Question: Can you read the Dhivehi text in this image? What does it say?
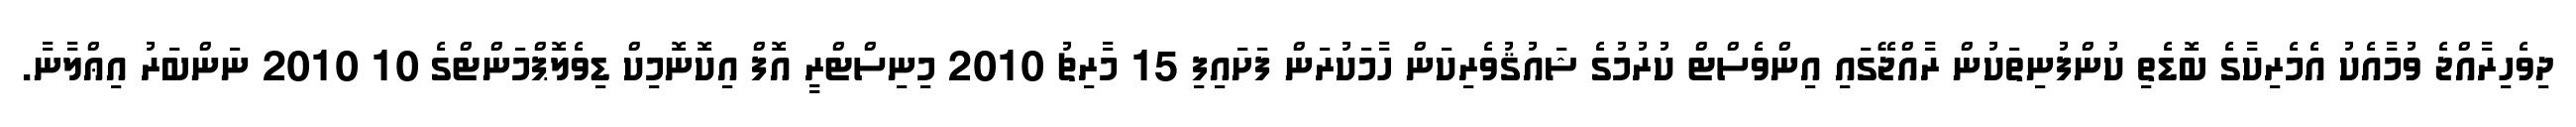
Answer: ދިވެހިރާއްޖެ ވުމާއެކު އެމެރިކާގެ ބޮޑެތި ކުންފުނިތަކުން ރާއްޖޭގައި އިންވެސްޓް ކުރުމުގެ ޝައުޤުވެރިކަން ހާމަކުރަން ފަށައިފި 15 މާރިޗު 2010 މިނިސްޓްރީ އޮފް އިކޮނޮމިކް ޑިވެލޮޕްމަންޓްގެ 10 2010 ނަންބަރު އިޢްލާނާ.